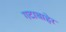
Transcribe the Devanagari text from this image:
गटाबाहेर